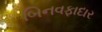
બિનવફાદાર